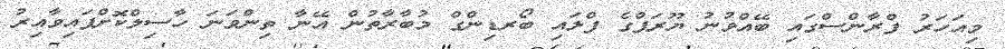
މިއަހަރު ފްރާންސްގައި ބޭއްވުނު ޔޫރަޕްގެ ފްލައި ބޯރޑިންގް މުބާރާތުން އޭނާ ތިންވަނަ ހާސިލްކޮށްފައިވާއިރު